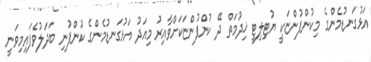
އަޅުގަނޑުމެންގެ މިކުންފުންޏަކީ ޔުޓިލިޓީ ޚިދުމަތް ދޭ ކުންފުންޏަކަށްވާއިރު މިއަދު އަޅުގަނޑުމެންގެ ކުންފުނި ބަދަލުވެފައިމިވަނީ